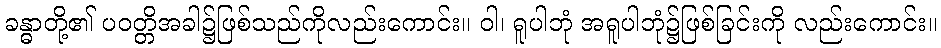
ခန္ဓာတို့၏ ပဝတ္တိအခါ၌ဖြစ်သည်ကိုလည်းကောင်း။ ဝါ၊ ရူပါဘုံ အရူပါဘုံ၌ဖြစ်ခြင်းကို လည်းကောင်း။